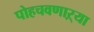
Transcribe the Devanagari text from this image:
पोहचवणाऱ्या